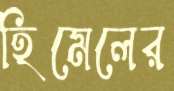
হিমেলের